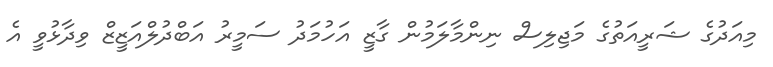
މިއަދުގެ ޝަރީއަތުގެ މަޖިލިސް ނިންމާލަމުން ގާޒީ އަހުމަދު ސަމީރު އަބްދުލްއަޒީޒް ވިދާޅުވީ އެ